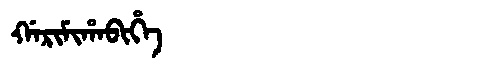
Manchu: ᡤᠠᡵᡳᠮᡳᡥᠠᠪᡳᡥᡝ
Romanization: GARIMIHABIHE